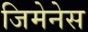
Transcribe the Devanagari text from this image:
जिमेनेस